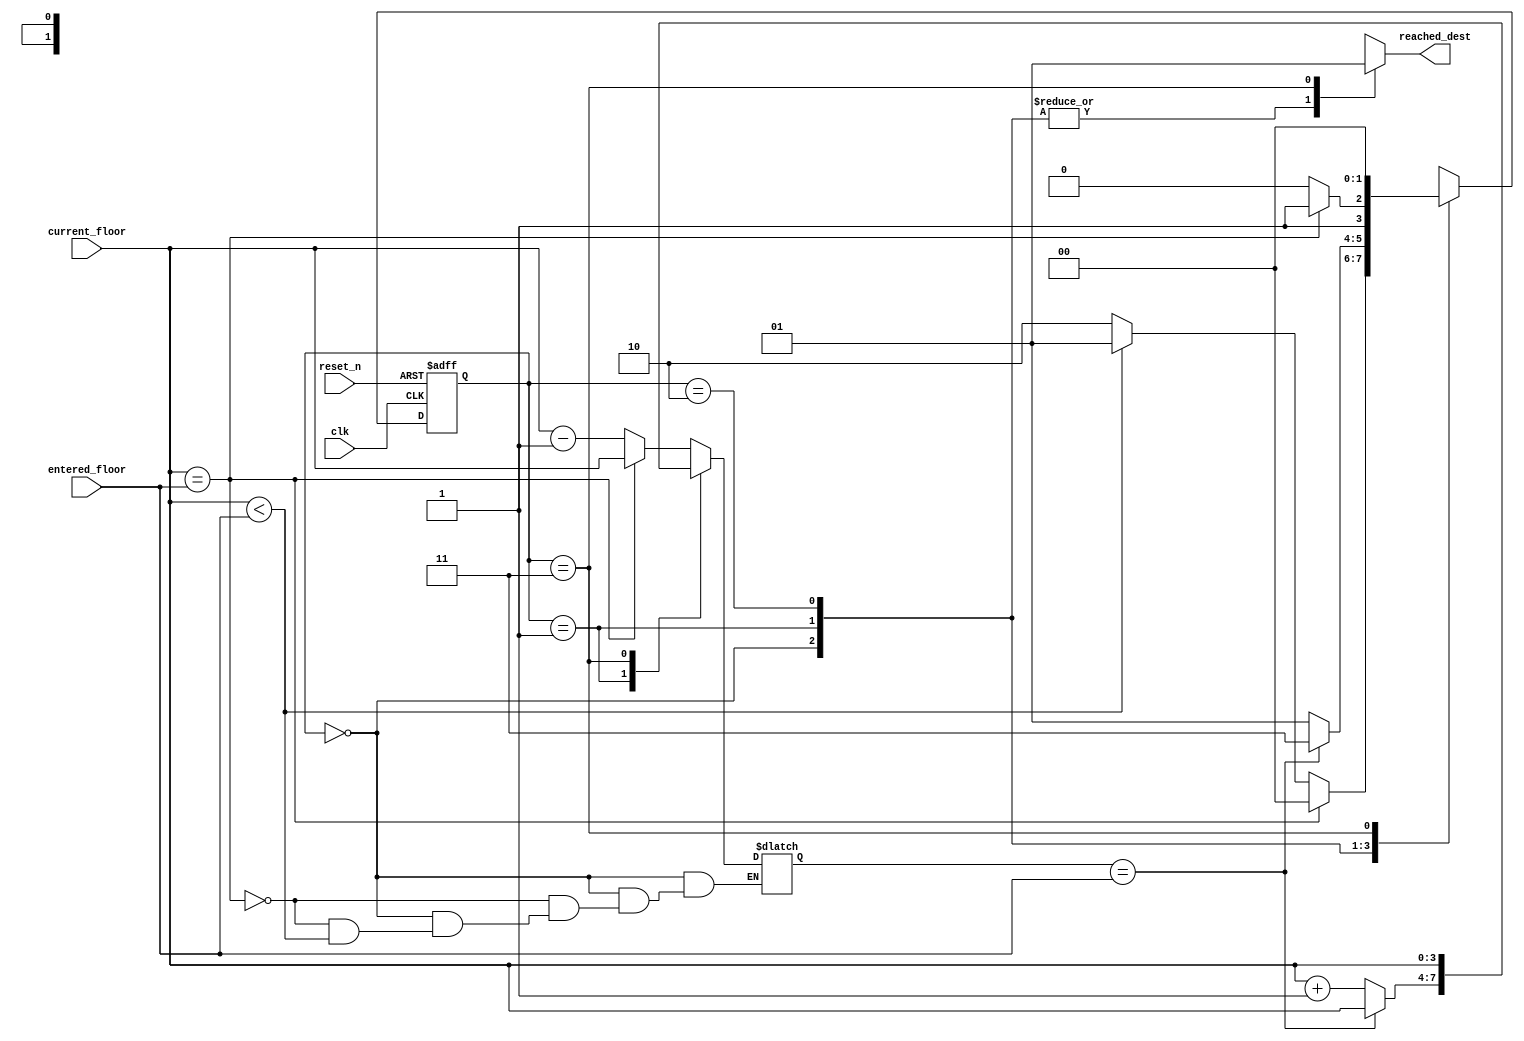
`timescale 1ns / 1ps
//////////////////////////////////////////////////////////////////////////////////
// Company: 
// Engineer: 
// 
// Design Name: 
// Module Name: Assignment_3_elevator
// Project Name: 
// Target Devices: 
// Tool Versions: 
// Description: 
// 
// Dependencies: 
// 
// Revision:
// Revision 0.01 - File Created
// Additional Comments:
// 
//////////////////////////////////////////////////////////////////////////////////


module Assignment_3_elevator(
                            input [3:0] current_floor,
                            input [3:0] entered_floor,
                            input clk,
                            input reset_n,
                            output reg reached_dest
                            
    );
    
parameter idle = 2'b00, moving_up = 2'b01, moving_down = 2'b10, finish = 2'b11;

reg [1:0]present_state;   
reg [1:0]next_state;   

//wire [3:0]greater_than;
//wire [3:0]equal_to;
//wire lesser_than;
//Desiging the comparator with respect to Entered floor


//assign equal_to = current_floor ~^ entered_floor ;
//assign greater_than = (current_floor < entered_floor) ;
//assign lesser_than = (current_floor & (~entered_floor)) ;


// this is our present state logic

always @(posedge clk or negedge reset_n)
begin
    if(!reset_n)
        begin
            present_state <= idle;
        end
    else
        begin
            present_state <= next_state;
        end
end


// this is our next state logic
reg [3:0] temp_current_floor= 4'b0000;


always @(present_state, next_state, temp_current_floor)
begin
    case(present_state)
    idle : begin
            if(current_floor == entered_floor )
               begin
                next_state = idle;
                temp_current_floor = current_floor ;
               end
               
            
            else if(current_floor < entered_floor)
                begin
                    next_state = moving_up;
                  //  temp_current_floor = current_floor + 4'b0001;
                end
            else
                begin
                    next_state = moving_down;            
                    temp_current_floor = current_floor - 4'b0001;
                end
            end
            
            
    moving_up : 
            begin
                if(temp_current_floor == entered_floor)
                begin   
                    next_state = finish;
                    temp_current_floor = current_floor ;
                end
                
                else
                    begin
                        next_state = moving_up;
                        temp_current_floor = current_floor + 4'b0001;
                    end
            end

    moving_down : 
            begin
                if(current_floor == entered_floor)
                     begin
                     next_state = finish;
                     temp_current_floor = current_floor ;
                     end
                
                else 
                    begin
                    next_state = moving_down;
                    temp_current_floor = current_floor - 4'b0001;
                    end
            end

    finish:
            begin
                next_state = idle;
                temp_current_floor = current_floor ;
            end
    endcase
end



// output combo logic

always @(present_state, next_state, temp_current_floor)
begin

case(present_state)
     idle           : reached_dest = 1'b0;
     moving_up      : reached_dest = 1'b0;
     moving_down    : reached_dest = 1'b0;
     finish         : reached_dest = 1'b1;
    
     default: reached_dest = 1'b0;
endcase
end


endmodule